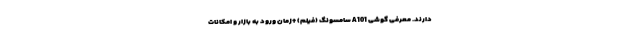
دارند. معرفی گوشی A101 سامسونگ (فیلم) +زمان ورود به بازار و امکانات